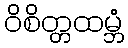
ဝိစိတ္တထမ္ဘံ